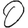
Digit: 0